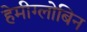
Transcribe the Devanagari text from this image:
हेमीग्लोबिन